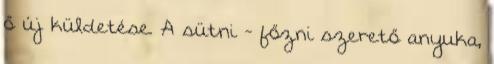
ő új küldetése. A sütni - főzni szerető anyuka,